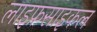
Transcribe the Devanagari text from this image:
लाइफ़साइकल